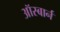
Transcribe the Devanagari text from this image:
ऑस्बार्न